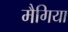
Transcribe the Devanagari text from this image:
मैगिया